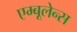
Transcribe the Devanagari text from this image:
एम्बूलेन्स